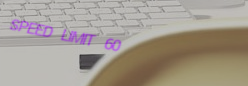
SPEED LIMIT 60